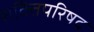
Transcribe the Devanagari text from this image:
शक्तिपरिषद